Civil Veterinary Dept. Assam report 1911-1927 - 1911-1927
Year: 1911
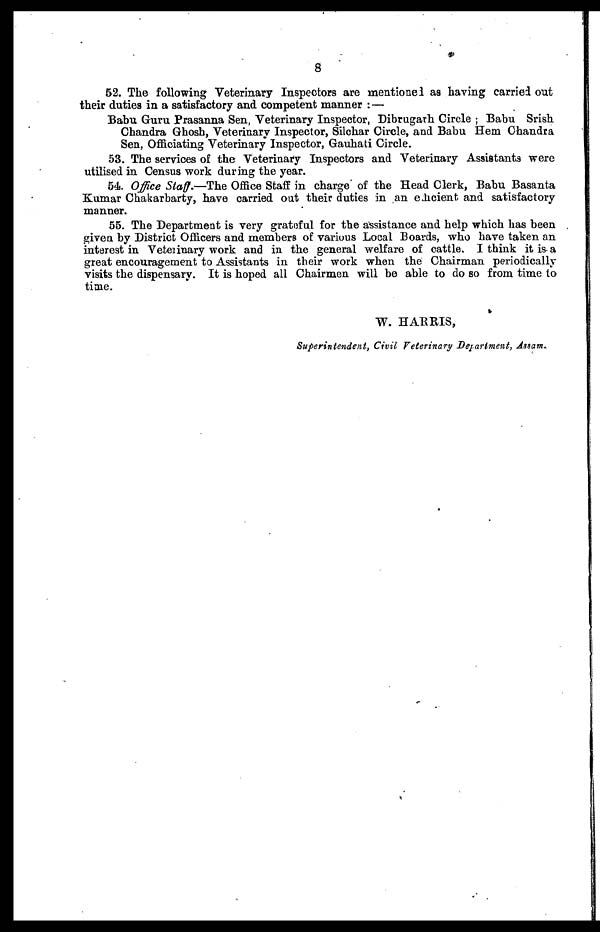
8
52. The following Veterinary Inspectors are mentionel as having carried out
their duties in a satisfactory and competent manner : —
Babu Guru Prasanna Sen, Veterinary Inspector, Dibrugarh Circle ; Babu Srish
Chandra Ghosh, Veterinary Inspector, Silchar Circle, and Babu Hem Chandra
Sen, Officiating Veterinary Inspector, Gauhati Circle.
53. The services of the Veterinary Inspectors and Veterinary Assistants were
utilised in Census work during the year.
54. Office Staff.—The Office Staff in charge of the Head Clerk, Babu Basanta
Kumar Chakarbarty, have carried out their duties in an enhcient and satisfactory
manner.
55. The Department is very grateful for the assistance and help which has been
given by District Officers and members of various Local Boards, who have taken an
interest in Veterinary work and in the general welfare of cattle. I think it is a
great encouragement to Assistants in their work when the Chairman periodically
visits the dispensary. It is hoped all Chairmen will be able to do so from time to
time.
W. HARRIS,
Superintendent, Civil Veterinary Department, Assam.